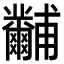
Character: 𤰐